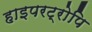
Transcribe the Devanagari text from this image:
हाइपरट्रोपि